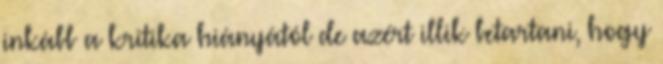
inkább a kritika hiányától de azért illik betartani, hogy